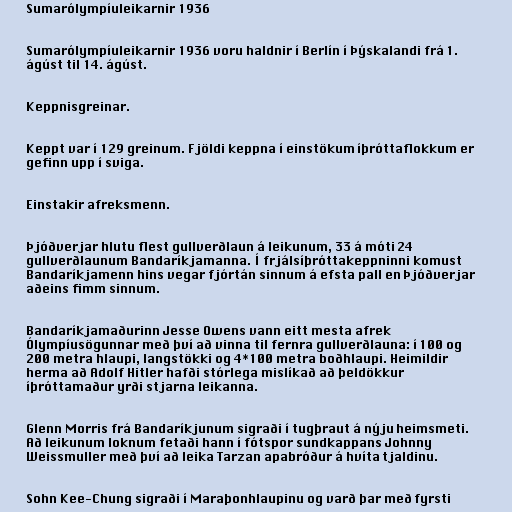
Sumarólympíuleikarnir 1936

Sumarólympíuleikarnir 1936 voru haldnir í Berlín í Þýskalandi frá 1.
ágúst til 14. ágúst.

Keppnisgreinar.

Keppt var í 129 greinum. Fjöldi keppna í einstökum íþróttaflokkum er
gefinn upp í sviga.

Einstakir afreksmenn.

Þjóðverjar hlutu flest gullverðlaun á leikunum, 33 á móti 24
gullverðlaunum Bandaríkjamanna. Í frjálsíþróttakeppninni komust
Bandaríkjamenn hins vegar fjórtán sinnum á efsta pall en Þjóðverjar
aðeins fimm sinnum.

Bandaríkjamaðurinn Jesse Owens vann eitt mesta afrek
Ólympíusögunnar með því að vinna til fernra gullverðlauna: í 100 og
200 metra hlaupi, langstökki og 4*100 metra boðhlaupi. Heimildir
herma að Adolf Hitler hafði stórlega mislíkað að þeldökkur
íþróttamaður yrði stjarna leikanna.

Glenn Morris frá Bandaríkjunum sigraði í tugþraut á nýju heimsmeti.
Að leikunum loknum fetaði hann í fótspor sundkappans Johnny
Weissmuller með því að leika Tarzan apabróður á hvíta tjaldinu.

Sohn Kee-Chung sigraði í Maraþonhlaupinu og varð þar með fyrsti